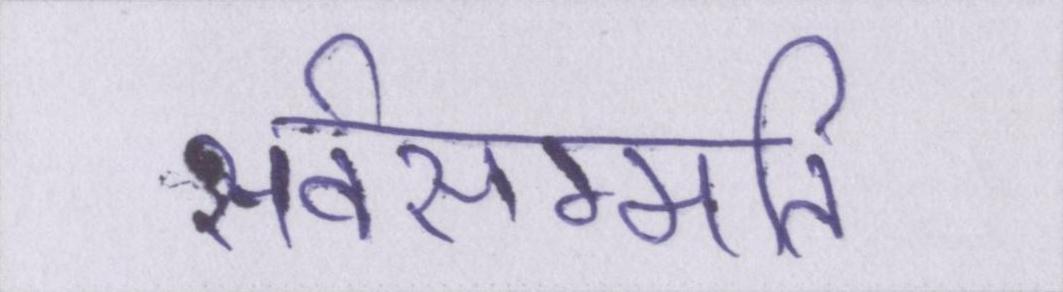
सर्वसम्मति